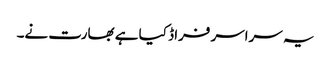
یہ سراسر فراڈ کیا ہے بھارت نے۔